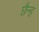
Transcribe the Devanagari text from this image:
छैन्ह